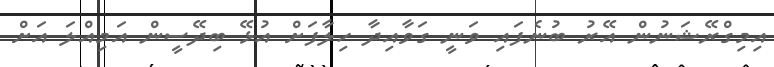
އިމިގްރޭޝަނުން އޭރު ބުނެފައި ވަނީ ގަވާއިދާ ހިލާފަށް އުޅޭ ބިދޭސީން އަމިއްލަ އަށް